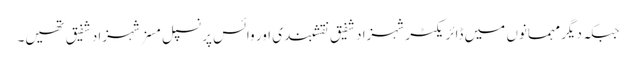
جبکہ دیگر مہمانوں میں ڈائریکٹر شہزاد شفیق نقشبندی اور وائس پرنسپل مسز شہزاد شفیق تھیں۔